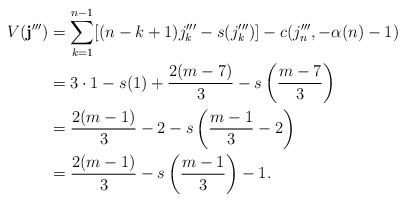
LaTeX: \begin{align*} V(\mathbf{j}''') &= \sum_{k=1}^{n-1} [(n-k+1)j_k''' - s(j_k''')] - c(j_n''',-\alpha(n)-1) \\ &= 3\cdot 1 - s(1) + \frac{2(m-7)}{3} - s\left(\frac{m-7}{3}\right)\\ &= \frac{2(m-1)}{3} -2 - s\left(\frac{m-1}{3} - 2\right) \\ &= \frac{2(m-1)}{3} - s\left(\frac{m-1}{3}\right) - 1. \end{align*}